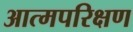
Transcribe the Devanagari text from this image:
आत्मपरिक्षण